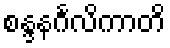
စန္ဒနင်္ဂလိကာတိ